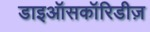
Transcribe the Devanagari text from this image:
डाइऑसकॉरिडीज़